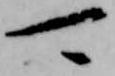
可